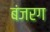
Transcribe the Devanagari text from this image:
बंजरग